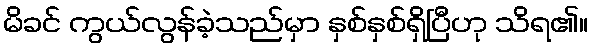
မိခင် ကွယ်လွန်ခဲ့သည်မှာ နှစ်နှစ်ရှိပြီဟု သိရ၏။